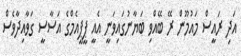
އަދި ރައީސް މައުމޫން ރޭ ބޭއްވި ބަޔާނުގައިވަނީ އެއީ ޕީޕީއެމްގެ އަސާސީ ގަވާއިދާވެސް